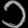
Digit: ၁